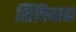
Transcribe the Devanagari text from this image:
सिंबियान